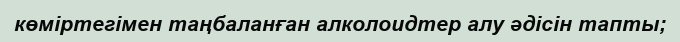
көміртегімен таңбаланған алколоидтер алу әдісін тапты;